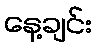
နေ့ချင်း